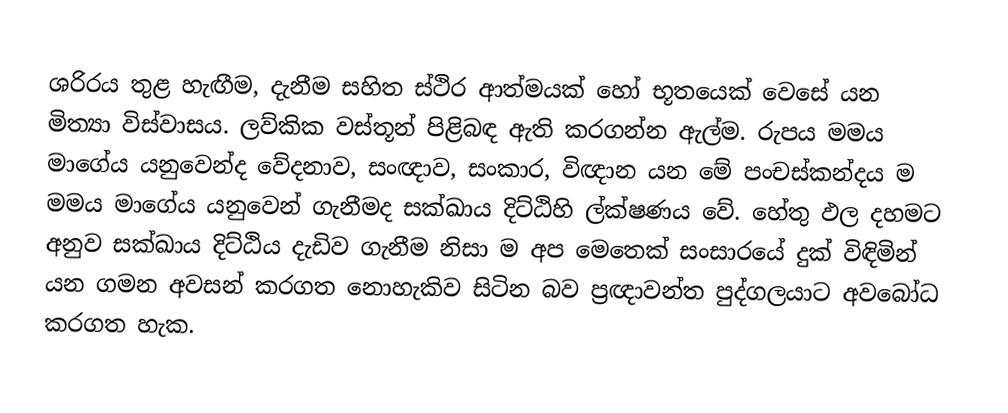
ශරිරය තුළ හැඟීම, දැනීම සහිත ස්ථිර ආත්මයක් හෝ භූතයෙක් වෙසේ යන මිත්‍යා විස්වාසය. ලව්කික වස්තූන් පිළිබඳ ඇති කරගන්න ඇල්ම. රුපය මමය මාගේය යනුවෙන්ද වේදනාව, සංඥාව, සංකාර, විඥාන යන මේ පංචස්කන්දය ම මමය මාගේය යනුවෙන් ගැනීමද සක්ඛාය දිට්ඨිහි ල්ක්ෂණය වේ. හේතු ඵල දහමට අනුව සක්ඛාය දිට්ඨිය දැඩිව ගැනීම නිසා ම අප මෙතෙක් සංසාරයේ දුක් විඳිමින් යන ගමන අවසන් කරගත නොහැකිව සිටින බව ප්‍රඥාවන්ත පුද්ගලයාට අවබෝධ කරගත හැක.